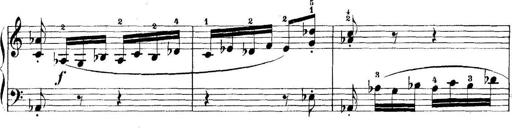
Title: 5 Sonatinas
Composer: Theodor Kirchner